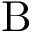
\mathrm { B }